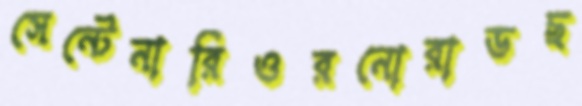
সেন্টেনারিওরনোরাডছ